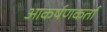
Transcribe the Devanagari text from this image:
आकर्षणकर्ता